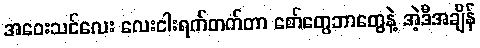
အဝေးသင်လေး လေးငါးရက်တက်တာ စော်တွေဘာတွေနဲ့ အဲ့ဒီအချိန်